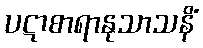
ပဋာစာရာနုသာသနိံ